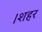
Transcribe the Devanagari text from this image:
।शहर